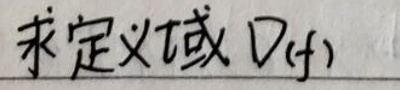
求定义域\(D(f)\)